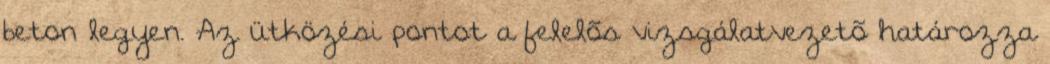
beton legyen. Az ütközési pontot a felelõs vizsgálatvezetõ határozza